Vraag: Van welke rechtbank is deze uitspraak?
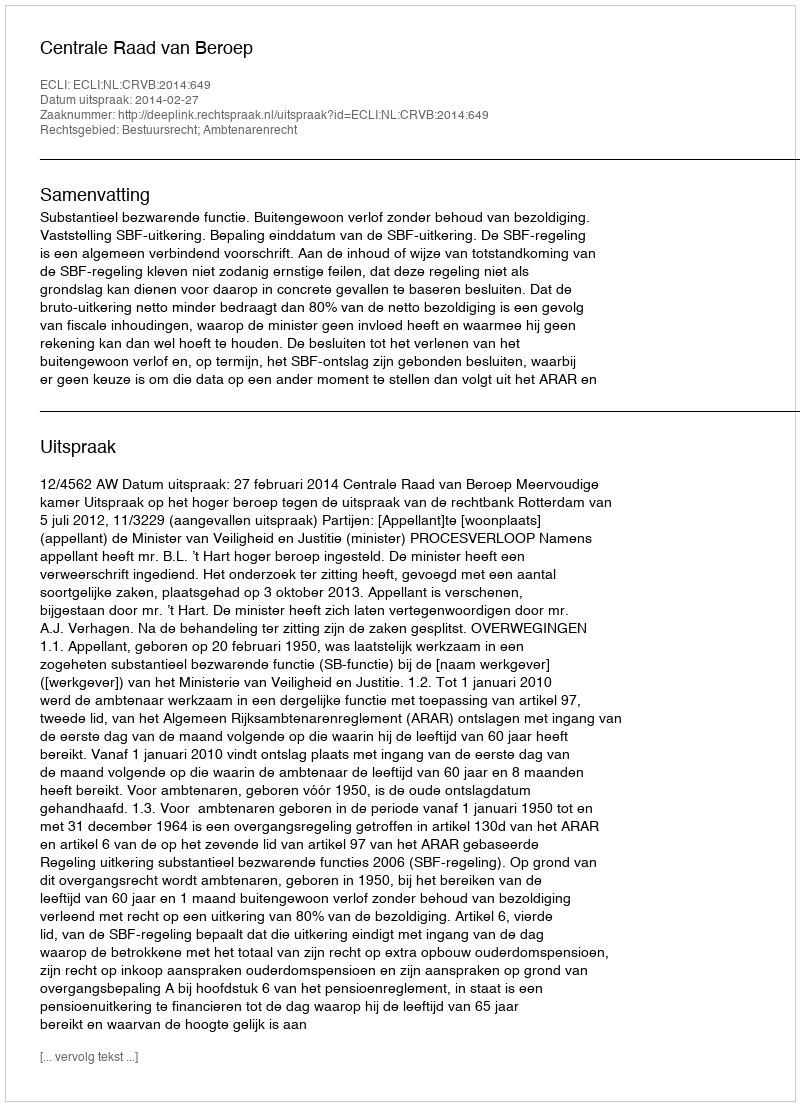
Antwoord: Centrale Raad van Beroep